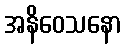
အနိဝေသနော